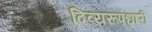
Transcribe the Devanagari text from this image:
दिव्यरूपधारी